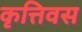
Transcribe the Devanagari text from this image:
कृत्तिवस